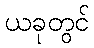
ယခုတွင်